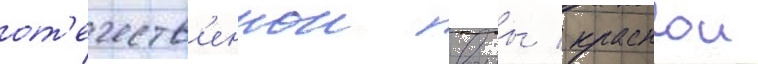
от'ечеств'еннои воины / краснои